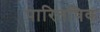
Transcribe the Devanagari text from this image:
पारितषिक